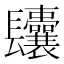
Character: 𨳆